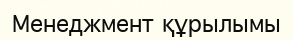
Менеджмент құрылымы